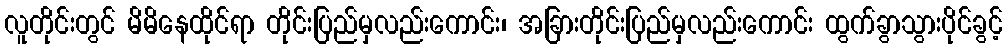
လူတိုင်းတွင် မိမိနေထိုင်ရာ တိုင်းပြည်မှလည်းကောင်း၊ အခြားတိုင်းပြည်မှလည်းကောင်း ထွက်ခွာသွားပိုင်ခွင့်